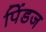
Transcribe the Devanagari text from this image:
पिंडज